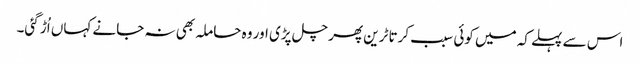
اس سے پہلے کہ میں کوئی سبب کرتا ٹرین پھر چل پڑی اور وہ حاملہ بھی نہ جانے کہاں اُڑ گئی۔